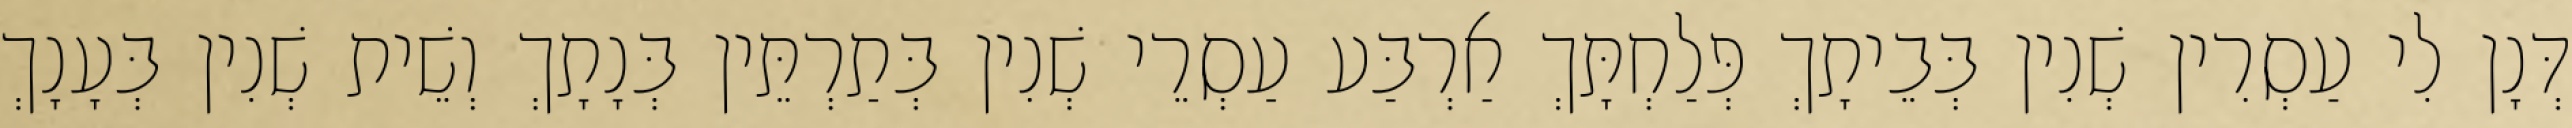
דְּנָן לִי עַסְרִין שְׁנִין בְּבֵיתָךְ פְּלַחְתָּךְ אַרְבַּע עַסְרֵי שְׁנִין בְּתַרְתֵּין בְּנָתָךְ וְשֵׁית שְׁנִין בְּעָנָךְ